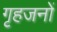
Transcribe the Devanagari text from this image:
गृहजनों